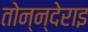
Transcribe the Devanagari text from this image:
तोन्न्देराइ